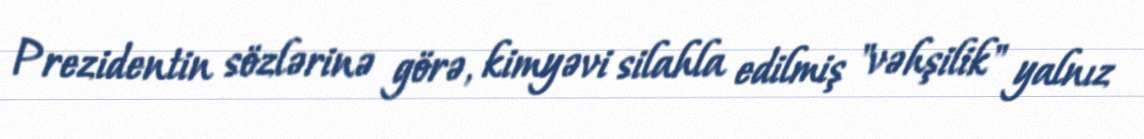
Prezidentin sözlərinə görə, kimyəvi silahla edilmiş "vəhşilik" yalnız